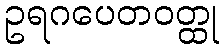
ဥရဂပေတဝတ္ထု